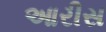
આરીસ